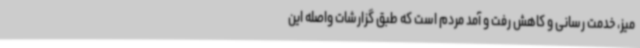
میز، خدمت رسانی و کاهش رفت و آمد مردم است که طبق گزارشات واصله این